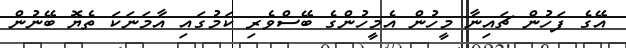
އޭގެ ފަހުން ޗައިނާ މީހުން އެމީހުންގެ ބޭސްވެރި ކަމުގައި އާމަނަކަ ތެޔޮ ބޭނުން